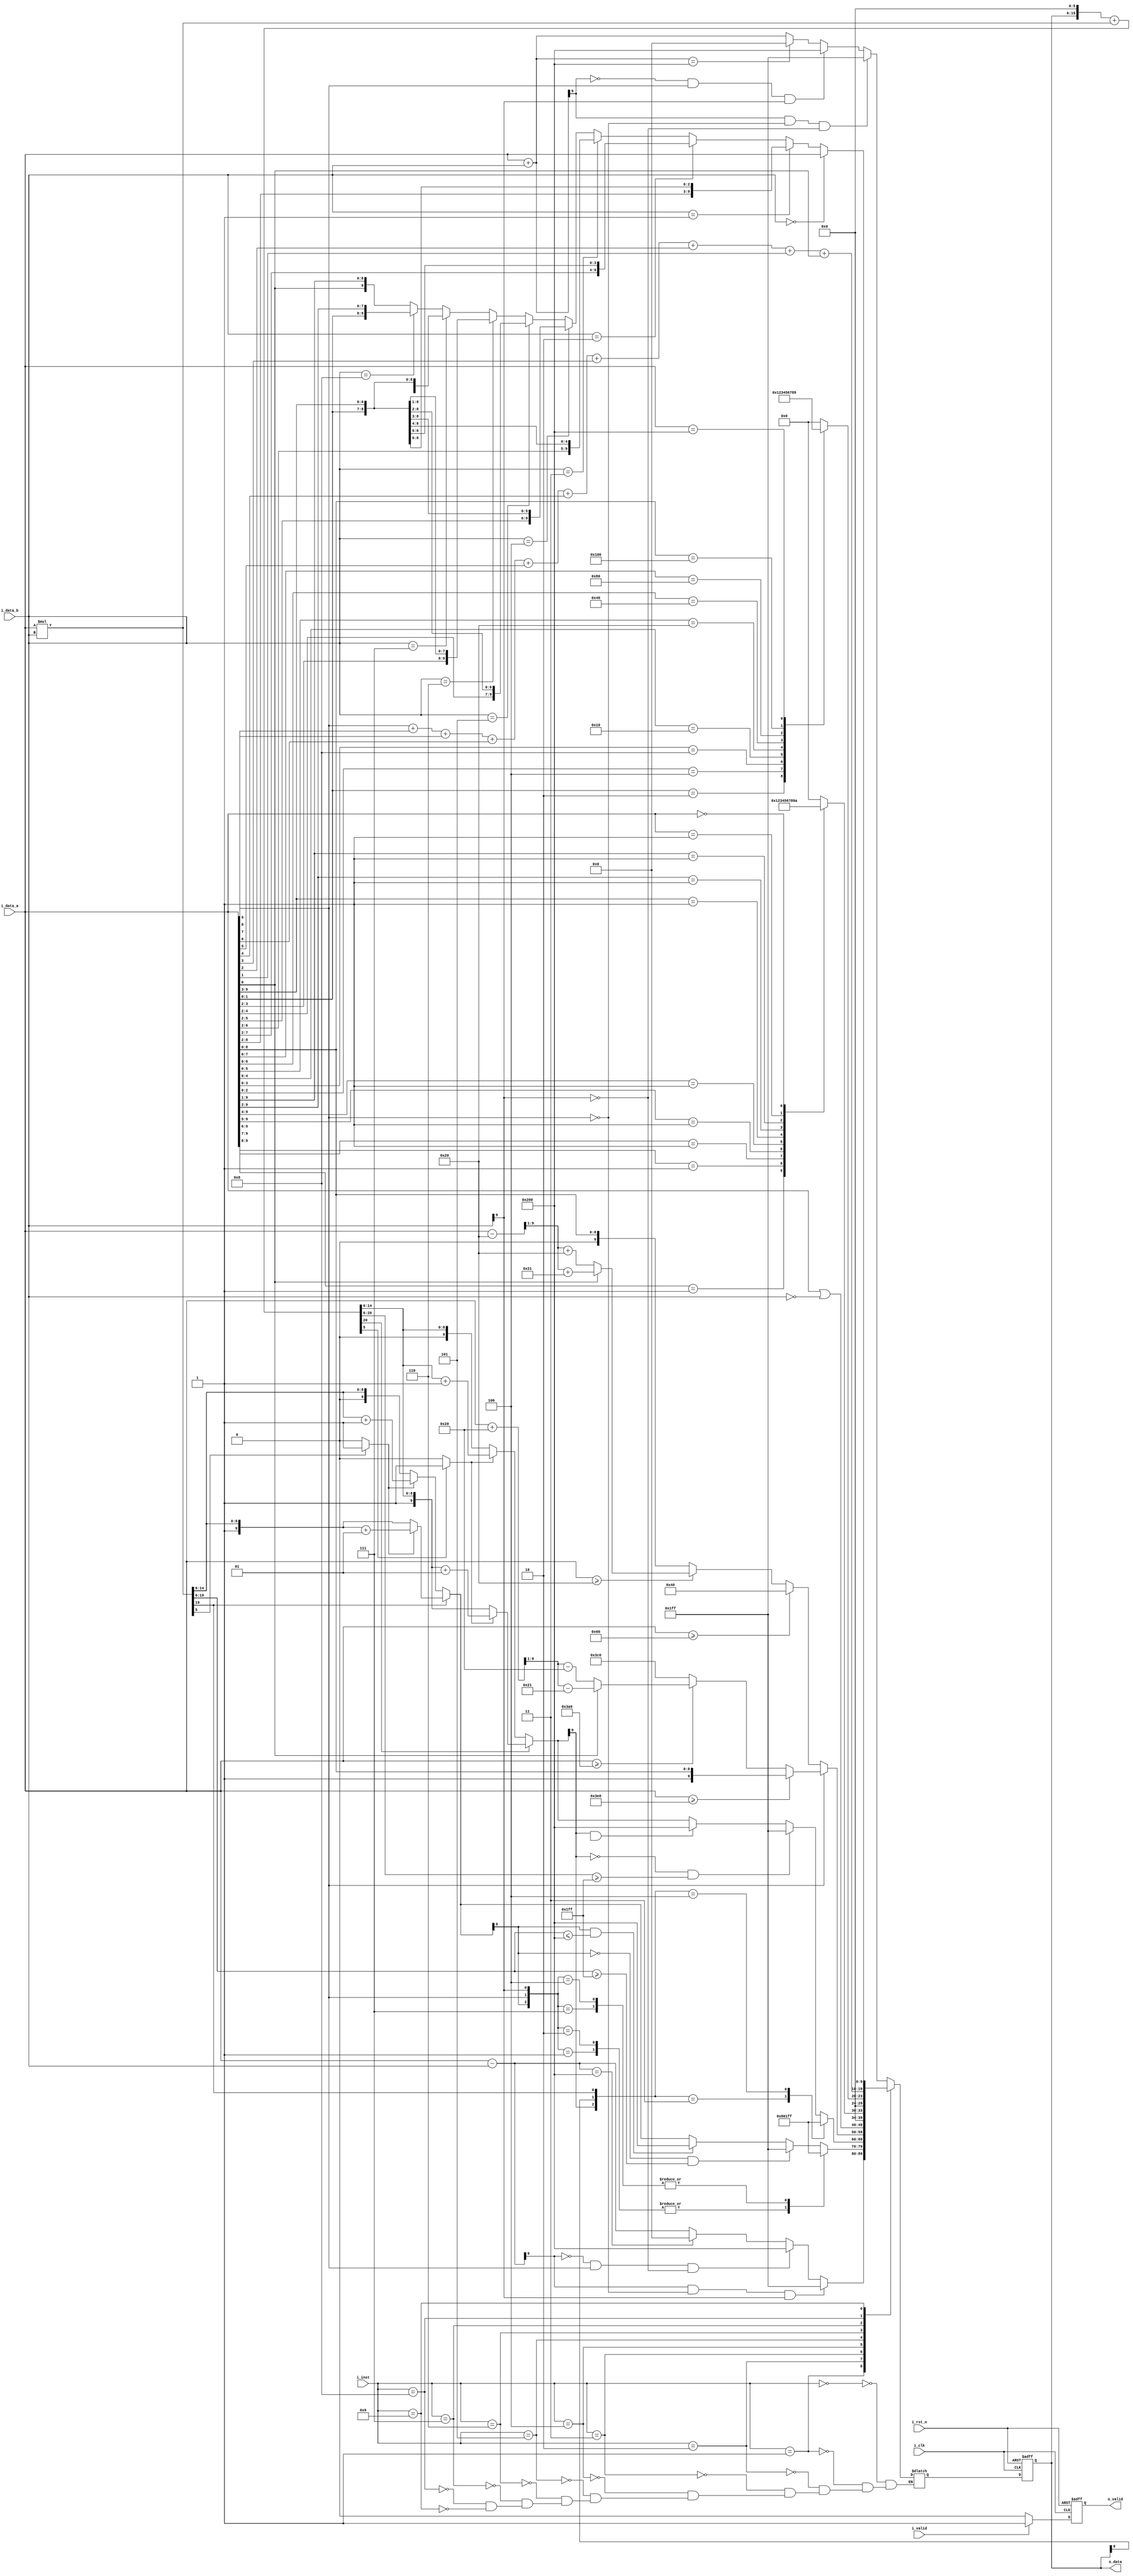
/***************************************************************************

File Name                                    : alu.v
Author                                       : Rui Tung Lee
Version                                      : 1.0
Module(s) Instantiated in this file          : none
Module(s) which instantiates this module     : none
Project                                      : CVSD NTU ICLAB HW1
Created on                                   : Mar 20, 2023
Last modified on                             : Mar 22, 2023
Last modified by                             :
Description                                  :
I3 need to be debugged but I'm tired QQ
****************************************************************************/
module alu #(
    parameter INT_W  = 4,
    parameter FRAC_W = 6,
    parameter INST_W = 4,
    parameter DATA_W = INT_W + FRAC_W
)(
    input                     i_clk,
    input                     i_rst_n,
    input                     i_valid,
    input signed [DATA_W-1:0] i_data_a,
    input signed [DATA_W-1:0] i_data_b,
    input        [INST_W-1:0] i_inst,
    output                    o_valid,
    output       [DATA_W-1:0] o_data
); // Do not modify
    
// ---------------------------------------------------------------------------
// Wires and Registers
// ---------------------------------------------------------------------------
reg [DATA_W-1:0] o_data_w, o_data_r;
reg              o_valid_w, o_valid_r;
// ---- Add your own wires and registers here if needed ---- //



// ---------------------------------------------------------------------------
// Continuous Assignment
// ---------------------------------------------------------------------------
assign o_valid = o_valid_r;
assign o_data = o_data_r;
// ---- Add your own wire data assignments here if needed ---- //

reg [9:0] o_data_t; // out data temp;
// ---------------------------------------------------------------------------
//inst 0
// ---------------------------------------------------------------------------
wire [9 : 0] sum_temp;
assign sum_temp = i_data_a + i_data_b;

// ---------------------------------------------------------------------------
//inst 1
// ---------------------------------------------------------------------------
wire [9 : 0] sub_temp;
assign sub_temp = i_data_a - i_data_b;

// ---------------------------------------------------------------------------
//inst 2
// ---------------------------------------------------------------------------
wire signed [19:0] mult_temp;
wire round;
reg signed [9:0] mult_r;
assign mult_temp = i_data_a * i_data_b;
assign round = (mult_temp[5] == 1'b1)? 1'b1:1'b0;

// ---------------------------------------------------------------------------
//inst 3
// ---------------------------------------------------------------------------
wire signed [19:0] i_data_f;
wire signed [20:0] o_data_f;
wire round_f;
reg signed [9:0] mult_f;
assign i_data_f = {{4{o_data_r[9]}},o_data,6'b0};
assign o_data_f = $signed(i_data_f) + $signed(mult_temp);
assign round_f = (o_data_f[5] == 1'b1)? 1'b1:1'b0;
// ---------------------------------------------------------------------------

always@(*)begin
    case(i_inst)
        4'd0:begin // Signed ADD ,signed add with 4bits int and 6bits fraction
            if((sum_temp[9] == 1'b1) && (i_data_a[9] == 1'b0) && (i_data_b[9] == 1'b0)) o_data_t = 10'b0111_1111_11;
            else if ((sum_temp[9] == 1'b0) && (i_data_a[9] == 1'b1) && (i_data_b[9] == 1'b1)) o_data_t = 10'b1000_0000_00;
            else if (sum_temp == 10'b1000_0000_00) o_data_t = 10'b0000_0000_00;
            else o_data_t = sum_temp;
        end
        4'd1:begin //Signed sub
            if((sub_temp[9] == 1'b1) && (i_data_a[9] == 1'b0 ) && (i_data_b[9] == 1'b1)) o_data_t = 10'b0111_1111_11;
            else if ((sub_temp[9] == 1'b0) && (i_data_a[9] == 1'b1) && (i_data_b[9] == 1'b0)) o_data_t = 10'b1000_0000_00;
            else if (sub_temp == 10'b1000_0000_00) o_data_t = 10'b0000_0000_00;
            else o_data_t = sub_temp;
        end
        4'd2:begin // signed mult
            case(mult_temp[19])
            1'b0:begin
                if (round) mult_r = $signed({1'b0,mult_temp[14:12],mult_temp[11:6]}) + $signed(10'b0000_0000_01);
                else mult_r =  $signed({1'b0,mult_temp[14:12],mult_temp[11:6]});
            end
            default:begin
                if (round) mult_r = $signed({1'b1,mult_temp[14:12],mult_temp[11:6]}) + $signed(10'b0000_0000_01);
                else mult_r =  $signed({1'b1,mult_temp[14:12],mult_temp[11:6]}) ;
            end
            endcase
            case({mult_r[9],i_data_a[9],i_data_b[9]}) // overflow dection
            3'b001: o_data_t = 10'b1000_0000_00;
            3'b010: o_data_t = 10'b1000_0000_00;
            3'b111: o_data_t = 10'b0111_1111_11;
            3'b100: o_data_t = 10'b0111_1111_11;
            default: begin
                if(!mult_r[9] && (mult_temp[19:6] >= 14'b0000_0111_1111_11))  o_data_t = 10'b0111_1111_11;
                else if(mult_r[9] && ($signed(mult_temp[19:6]) <= $signed(14'b1111_1000_0000_00))) o_data_t = 10'b1000_0000_00;
                else o_data_t = mult_r;
            end
            endcase
        end
        
        4'd3:begin //
            case(o_data_f[20])
            1'b0:begin
                if (round_f) mult_f = $signed({1'b0,o_data_f[14:12],o_data_f[11:6]}) + $signed(10'b0000_0000_01);
                else mult_f =  $signed({1'b0,o_data_f[14:12],o_data_f[11:6]});
            end
            default:begin
                if (round_f) mult_f = $signed({1'b1,o_data_f[14:6]}) + $signed(10'b0000_0000_01);
                else mult_f = $signed({1'b1,o_data_f[14:6]});
            end
            endcase
            case({mult_f[9],i_data_f[19],mult_temp[19]}) //overflow dection
            3'b011: o_data_t = 10'b1000_0000_00;
            3'b100: o_data_t = 10'b0111_1111_11;
            default:begin
                if(!mult_f[9] && ((o_data_f[20:6]) >= 15'b00000_0111_1111_11)) o_data_t = 10'b0111_1111_11;
                else if(mult_f[9] && ($signed(mult_f[20:6])) <= $signed(15'b1111_1000_0000_00)) o_data_t = 10'b1000_0000_00;
                else o_data_t = mult_f;
            end
            endcase
            
        end
        4'd4:begin //tanh
            if(!i_data_a[9])begin
                if(i_data_a >= 10'b0001_1000_00) o_data_t = 10'b0001_0000_00;
                else if(i_data_a >= 10'b0000_1000_00)begin
                    if(i_data_a[0]) o_data_t = ((i_data_a - 10'b0000_1000_00)>> 1 ) + 10'b0000_1000_01;
                    else            o_data_t = ((i_data_a - 10'b0000_1000_00)>> 1) + 10'b0000_1000_00;
                end
                else o_data_t = i_data_a;
            end
            else begin
                if(i_data_a >= 10'b1111_100000) o_data_t = i_data_a;
                else if(i_data_a >= 10'b1110_1000_00) 
                    if(i_data_a[0]) o_data_t = ((i_data_a + $signed(10'b0000_1000_00)) >>> 1) - $signed(10'b0000_1000_01) ;
                    else            o_data_t = ((i_data_a + $signed(10'b0000_1000_00)) >>> 1) - $signed(10'b0000_1000_00) ;
                else o_data_t = 10'b1111_0000_00;
            end
        end
        
        4'd5:begin //ORN
            o_data_t = i_data_a | (~i_data_b);
        end
        4'd6:begin //CLZ
            casez(i_data_a)
            10'b1???_????_??: o_data_t = 10'd0;
            10'b01??_????_??: o_data_t = 10'd1;
            10'b001?_????_??: o_data_t = 10'd2;
            10'b0001_????_??: o_data_t = 10'd3;
            10'b0000_1???_??: o_data_t = 10'd4;
            10'b0000_01??_??: o_data_t = 10'd5;
            10'b0000_001?_??: o_data_t = 10'd6;
            10'b0000_0001_??: o_data_t = 10'd7;
            10'b0000_0000_1?: o_data_t = 10'd8;
            10'b0000_0000_01: o_data_t = 10'd9;
            10'd0: o_data_t = 10'd10;
            endcase
        end
        4'd7:begin //ROL
            casez(i_data_a)
            10'd0: o_data_t = 10'd0;
            10'b????_????_?1: o_data_t = 10'd0;
            10'b????_????_10: o_data_t = 10'd1;
            10'b????_???1_00: o_data_t = 10'd2;
            10'b????_??10_00: o_data_t = 10'd3;
            10'b????_?100_00: o_data_t = 10'd4;
            10'b????_1000_00: o_data_t = 10'd5;
            10'b???1_0000_00: o_data_t = 10'd6;
            10'b??10_0000_00: o_data_t = 10'd7;
            10'b?100_0000_00: o_data_t = 10'd8;
            10'b1000_0000_00: o_data_t = 10'd9;
            endcase
        end
        
        4'd8:begin // CPOP
            o_data_t = i_data_a[9] + i_data_a[8] +i_data_a[7] +i_data_a[6] +i_data_a[5] +i_data_a[4] +i_data_a[3] +i_data_a[2] +i_data_a[1] +i_data_a[0];
        end
        4'd9:begin // ROTATE L ,i_data_b as rotate amount;  
            if(i_data_b == 10'd0) o_data_t = i_data_a;
            else if(i_data_b == 10'd1) o_data_t = {i_data_a[8:0],i_data_a[9]};
            else if(i_data_b == 10'd2) o_data_t = {i_data_a[7:0],i_data_a[9:8]};
            else if(i_data_b == 10'd3) o_data_t = {i_data_a[6:0],i_data_a[9:7]};
            else if(i_data_b == 10'd4) o_data_t = {i_data_a[5:0],i_data_a[9:6]};
            else if(i_data_b == 10'd5) o_data_t = {i_data_a[4:0],i_data_a[9:5]};
            else if(i_data_b == 10'd6) o_data_t = {i_data_a[3:0],i_data_a[9:4]};
            else if(i_data_b == 10'd7) o_data_t = {i_data_a[2:0],i_data_a[9:3]};
            else if(i_data_b == 10'd8) o_data_t = {i_data_a[1:0],i_data_a[9:2]};
            else   o_data_t = {i_data_a[0],i_data_a[9:1]};
        end
    endcase
end

// ---------------------------------------------------------------------------
// Combinational Blocks
// ---------------------------------------------------------------------------
// ---- Write your conbinational block design here ---- //
always@(*) begin
    o_data_w = o_data_t;
    o_valid_w = (i_valid == 1'b1)? 1'b1:1'b0;
end



// ---------------------------------------------------------------------------
// Sequential Block
// ---------------------------------------------------------------------------
// ---- Write your sequential block design here ---- //
always@(posedge i_clk or negedge i_rst_n) begin
    if (!i_rst_n) begin
        o_data_r <= 'b0;
        o_valid_r <= 'b0;
    end 
    else begin
        o_data_r <= o_data_w;
        o_valid_r <= o_valid_w;
    end
end
endmodule